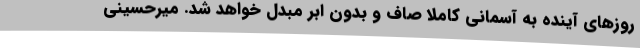
روزهای آینده به آسمانی کاملا صاف و بدون ابر مبدل خواهد شد. میرحسینی